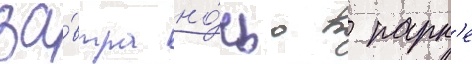
за́втра но́чью в парк'е